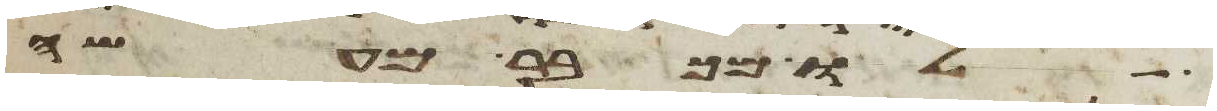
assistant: לו מכבר מעשה